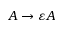
A \to \varepsilon A